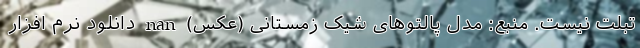
تبلت نیست. منبع: مدل پالتوهای شیک زمستانی (عکس) nan دانلود نرم افزار